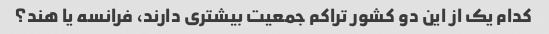
کدام یک از این دو کشور تراکم جمعیت بیشتری دارند، فرانسه یا هند؟